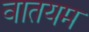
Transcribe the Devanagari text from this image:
वातयम